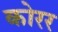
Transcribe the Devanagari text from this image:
कोरर